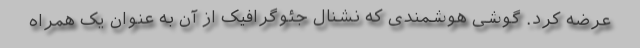
عرضه کرد. گوشی هوشمندی که نشنال جئوگرافیک از آن به عنوان یک همراه